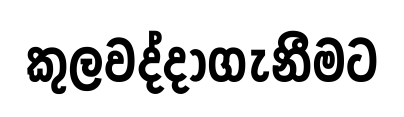
කුලවද්දාගැනීමට